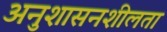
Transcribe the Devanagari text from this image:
अनुशासनशीलता